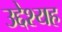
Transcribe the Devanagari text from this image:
उद्देश्यह